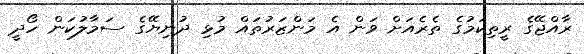
ރާއްޖޭގެ ރީތިކަމުގެ ތެރެއަށް ވަން އެ މަންޒަރުތައް މުޅި ދުނިޔޭގެ ސަމާލުކަން ހޯދީ